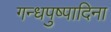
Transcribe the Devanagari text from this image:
गन्धपुष्पादिना